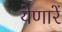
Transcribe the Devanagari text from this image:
येणारें